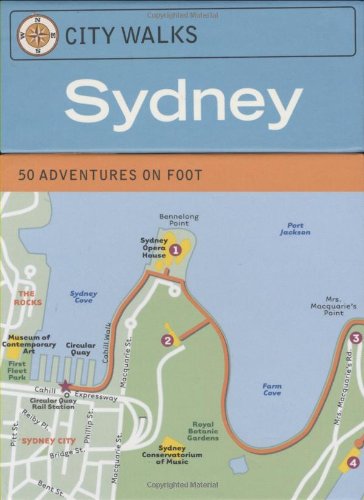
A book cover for City Walks: Sydney 50 Adventures on Foot; Chronicle Books; Travel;